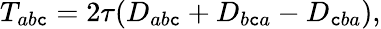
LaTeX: T_{ab\mathtt{c}}=2\tau(D_{ab\mathtt{c}}+D_{b\mathtt{c}a}-D_{\mathtt{c}ba}),